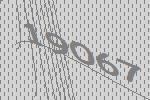
19067